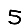
Digit: 5